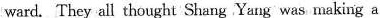
ward. They all thought Shang Yang was making a